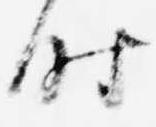
時